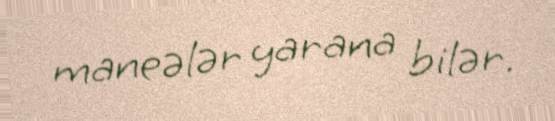
maneələr yarana bilər.